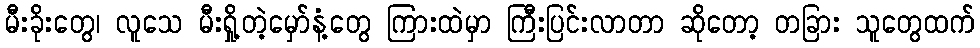
မီးခိုးတွေ၊ လူသေ မီးရှို့တဲ့မှော်နံ့တွေ ကြားထဲမှာ ကြီးပြင်းလာတာ ဆိုတော့ တခြား သူတွေထက်